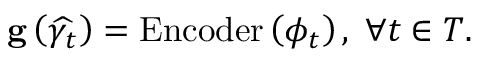
\begin{array} { r } { \mathbf { g } \left( \widehat { \gamma _ { t } } \right) = \operatorname { E n c o d e r } \left( \phi _ { t } \right) , \; \forall t \in T . } \end{array}